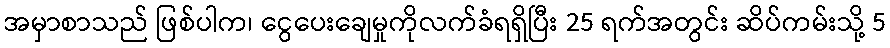
အမှာစာသည် ဖြစ်ပါက၊ ငွေပေးချေမှုကိုလက်ခံရရှိပြီး 25 ရက်အတွင်း ဆိပ်ကမ်းသို့ 5